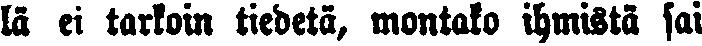
lä ei tarkoin tiedetä, montako ihmistä sai